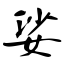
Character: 娑